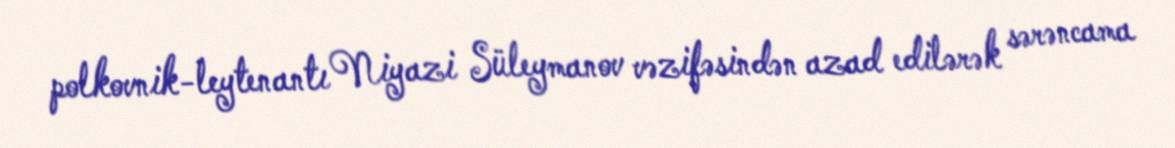
polkovnik-leytenantı Niyazi Süleymanov vəzifəsindən azad edilərək sərəncama